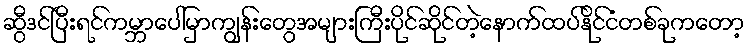
ဆွီဒင်ပြီးရင်ကမ္ဘာပေါ်မှာကျွန်းတွေအများကြီးပိုင်ဆိုင်တဲ့နောက်ထပ်နိုင်ငံတစ်ခုကတော့